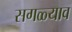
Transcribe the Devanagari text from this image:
सगळ्याव